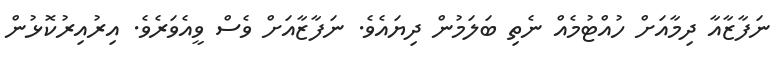
ނަފާޒާއާ ދިމާއަށް ހުއްޓުމެއް ނެތި ބަލަމުން ދިޔައެވެ. ނަފާޒާއަށް ވެސް ވީއެވަރެވެ. އިރުއިރުކޮޅުން